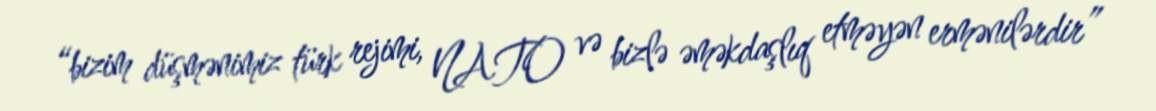
“bizim düşmənimiz türk rejimi, NATO və bizlə əməkdaşlıq etməyən ermənilərdir”